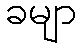
ခမျာ